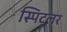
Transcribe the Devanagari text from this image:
स्पिट्लर